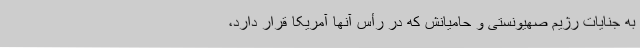
به جنایات رژیم صهیونستی و حامیانش که در رأس آنها آمریکا قرار دارد،